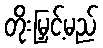
တိုးမြှင့်မည်